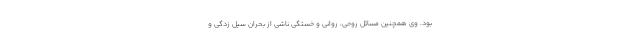
بود. وی همچنین مسائل روحی، روانی و خستگی ناشی از بحران سیل زدگی و